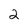
Character: 2